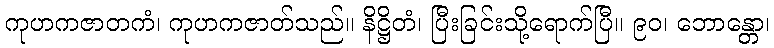
ကုဟကဇာတကံ၊ ကုဟကဇာတ်သည်။ နိဋ္ဌိတံ၊ ပြီးခြင်းသို့ရောက်ပြီ။ ၉၀၊ ဘောန္တော၊